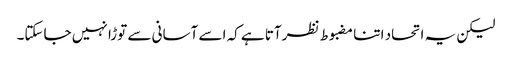
لیکن یہ اتحاد اتنا مضبوط نظرآتا ہے کہ اسے آسانی سے توڑا نہیں جاسکتا۔